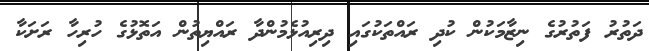
ދަތުރު ފަތުރުގެ ނިޒާމަކުން ކުދި ރައްތަކުގައި ދިރިއުޅެމުންދާ ރައްޔިތުން އަތޮޅުގެ ހުރިހާ ރަށަކާ